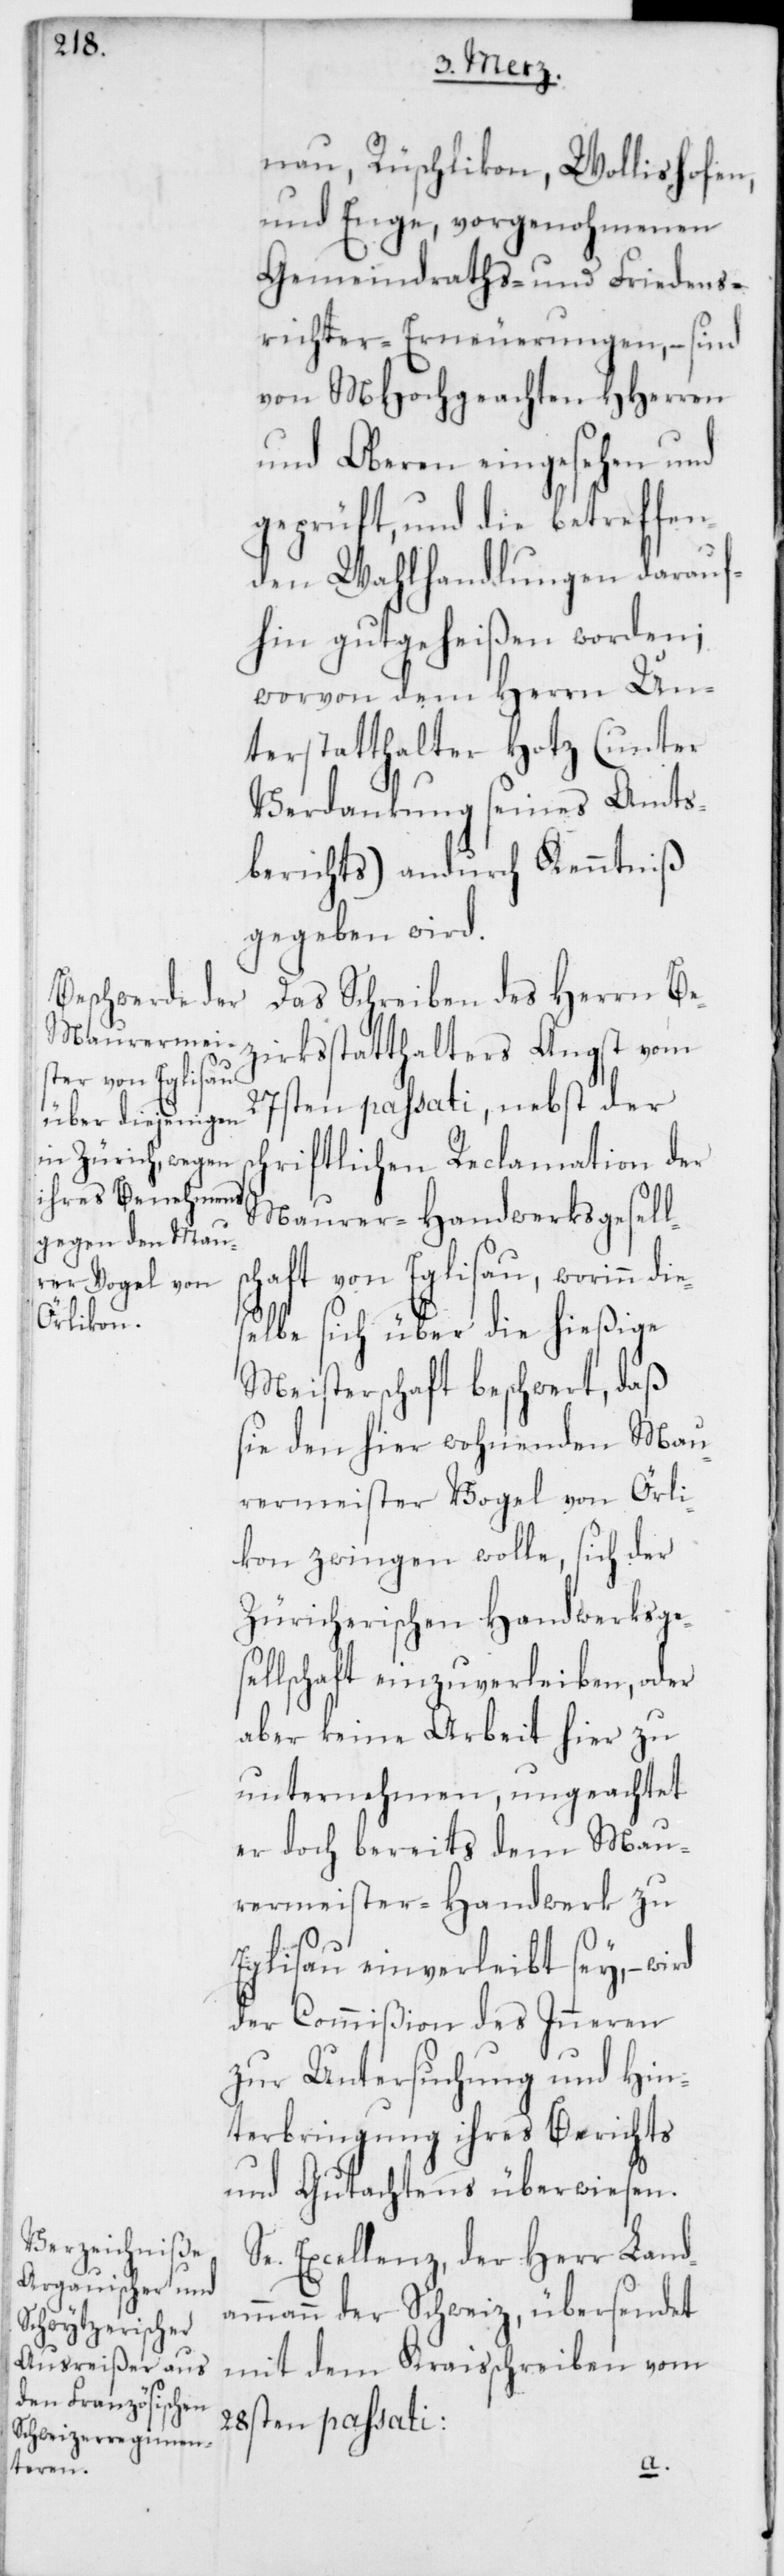
nau, Rüschlikon, Wollishofen,
und Enge, vorgenohmenen
Gemeindraths- und Friedens¬
richter-Erneuerungen, – sind
von MHochgeachten HHerren
und Oberen eingesehen und
geprüft, und die betreffen¬
den Wahlhandlungen darauf¬
hin gutgeheißen worden;
worvon dem Herrn Un¬
terstatthalter Hotz (unter
Verdankung seines Amts¬
berichts) andurch Kenntniß
gegeben wird.
Das Schreiben des Herrn Be¬
zirksstatthalters Angst vom
27sten passati, nebst der
chriftlichen Reclamation der
Maurer-Handwerksgesell¬
chaft von Eglisau, worinn
elbe sich über die hießige
Meisterschaft beschwert, daß
sie den hier wohnenden Mau¬
rermeister Vogel von Örli¬
kon zwingen wolle, sich der
Zürcherischen Handwerksge¬
sellschaft einzuverleiben, oder
aber keine Arbeit hier zu
unternehmen, ungeachtet
er doch bereits dem Mau¬
rermeister-Handwerk zu
Eglisau einverleibt sey, –
der Commißion des Inneren
zur Untersuchung und Hin¬
terbringung ihres Berichts
und Gutachtens überwiesen.
Se. Excellenz, der Herr Land¬
ammann der Schweiz, übersendet
mit dem Kraisschreiben vom
28sten passati:
dies¬